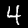
Digit: 4